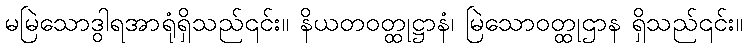
မမြဲသောဒွါရအာရုံရှိသည်၎င်း။ နိယတဝတ္ထုဋ္ဌာနံ၊ မြဲသောဝတ္ထုဌာန ရှိသည်၎င်း။